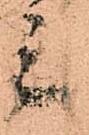
三